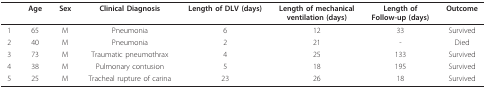
<table><thead><tr><td></td><td><b>Age</b></td><td><b>Sex</b></td><td><b>Clinical Diagnosis</b></td><td><b>Length of DLV (days)</b></td><td><b>Length of mechanical ventilation (days)</b></td><td><b>Length of Follow-up (days)</b></td><td><b>Outcome</b></td></tr></thead><tbody><tr><td>1</td><td>65</td><td>M</td><td>Pneumonia</td><td>6</td><td>12</td><td>33</td><td>Survived</td></tr><tr><td>2</td><td>40</td><td>M</td><td>Pneumonia</td><td>2</td><td>21</td><td>-</td><td>Died</td></tr><tr><td>3</td><td>73</td><td>M</td><td>Traumatic pneumothrax</td><td>4</td><td>25</td><td>133</td><td>Survived</td></tr><tr><td>4</td><td>38</td><td>M</td><td>Pulmonary contusion</td><td>5</td><td>18</td><td>195</td><td>Survived</td></tr><tr><td>5</td><td>25</td><td>M</td><td>Tracheal rupture of carina</td><td>23</td><td>26</td><td>18</td><td>Survived</td></tr></tbody></table>